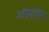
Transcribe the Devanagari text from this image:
ओहदादार